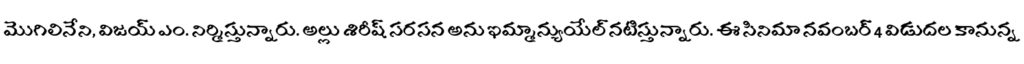
మొగిలినేని, విజయ్ ఎం. నిర్మిస్తున్నారు. అల్లు శిరీష్ సరసన అను ఇమ్మాన్యుయేల్ నటిస్తున్నారు. ఈ సినిమా నవంబర్ 4 విడుదల కానున్న